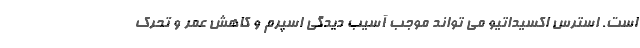
است. استرس اکسیداتیو می تواند موجب آسیب دیدگی اسپرم و کاهش عمر و تحرک